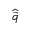
\widehat { \vec { q } }